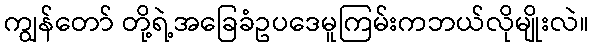
ကျွန်တော် တို့ရဲ့အခြေခံဥပဒေမူကြမ်းကဘယ်လိုမျိုးလဲ။